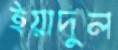
ইয়াদুল